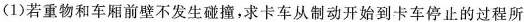
(1)若重物和车厢前壁不发生碰撞，求卡车从制动开始到卡车停止的过程所